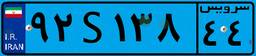
۵۲S۶۰۳۰۷